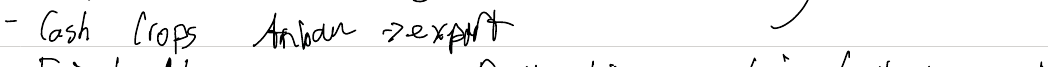
- Cash Crops Anbau -> export